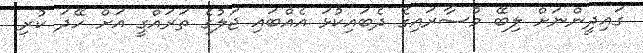
ގައިދީންނަށް ލިބޭ މުސާރައިގެ ދެބައިކުޅަ އެއްބައި ޖަލުގެ ތަރައްގީ އަށް ހޭދަ ކުރި